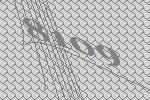
8109